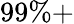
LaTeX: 99\% +